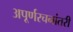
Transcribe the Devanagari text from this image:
अपूर्णरचनांतरी